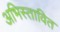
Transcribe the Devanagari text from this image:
अभिस्तावित